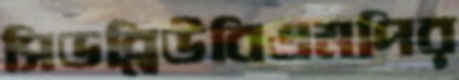
সিডব্লিউবিএমপির